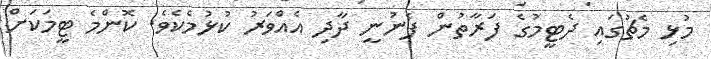
މުޅި މެޗުގައި ދެޓީމުގެ ފަރާތުން ފެނުނީ ދާދި އެއްވަރު ކުޅުމެކެވެ. ކޮންމެ ޓީމަކަށް